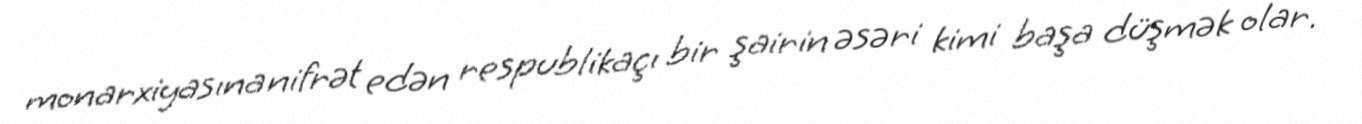
monarxiyasına nifrət edən respublikaçı bir şairin əsəri kimi başa düşmək olar.